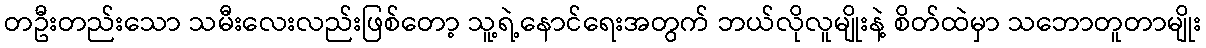
တဦးတည်းသော သမီးလေးလည်းဖြစ်တော့ သူ့ရဲ့နောင်ရေးအတွက် ဘယ်လိုလူမျိုးနဲ့ စိတ်ထဲမှာ သဘောတူတာမျိုး